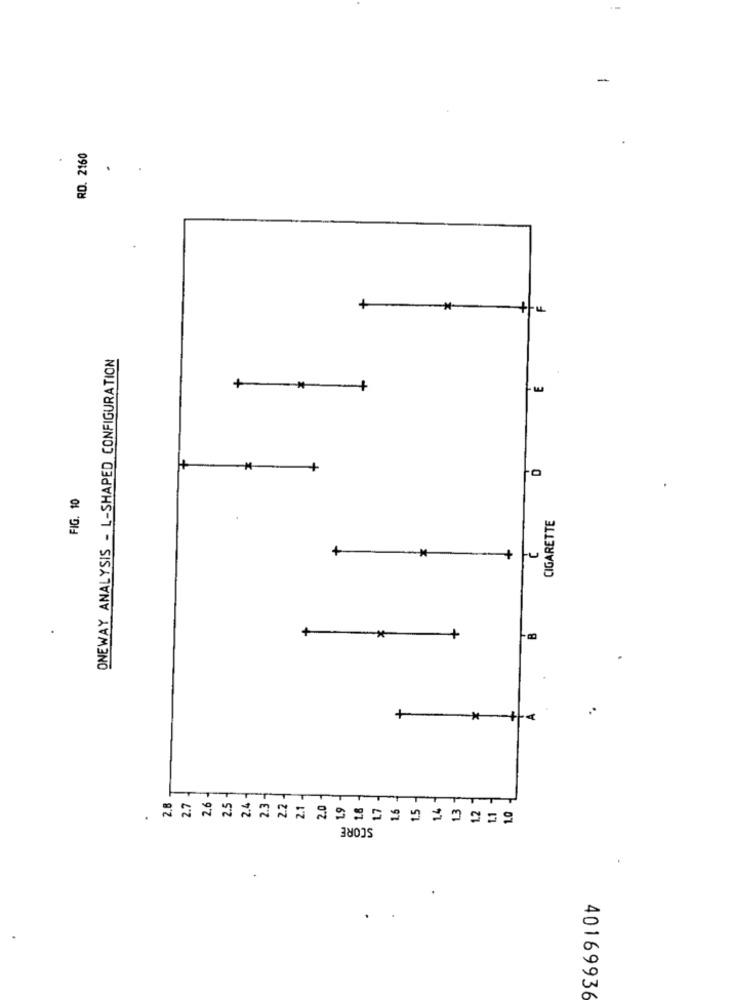
RD. 2160
ONEWAY ANALYSIS - L-SHAPED CONFIGURATION
+
+
FIG. 10
CIGARETTE
+
-*
*
SCORE
40169936